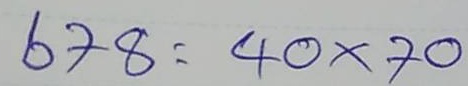
678 = 40 x 70